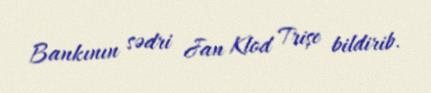
Bankının sədri Jan Klod Trişe bildirib.